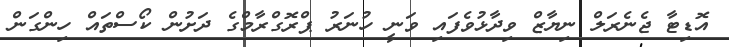
އޮޑިޓާ ޖެނެރަލް ނިޔާޒް ވިދާޅުވެފައި ވަނީ ހުނަރު ޕްރޮގްރާމްގެ ދަށުން ކޯސްތައް ހިންގަން